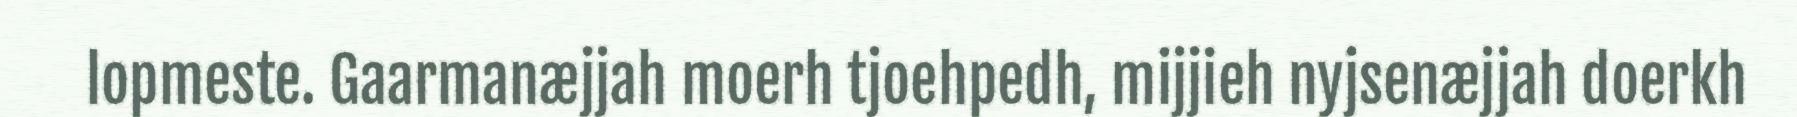
lopmeste. Gaarmanæjjah moerh tjoehpedh, mijjieh nyjsenæjjah doerkh